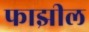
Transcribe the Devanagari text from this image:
फाझील